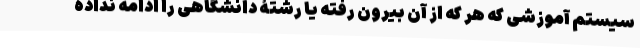
سیستم آموزشی که هر که از آن بیرون رفته یا رشتۀ دانشگاهی را ادامه نداده